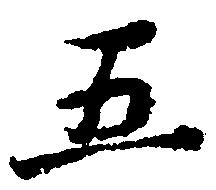
五